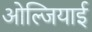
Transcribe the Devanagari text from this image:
ओल्जियाई